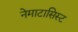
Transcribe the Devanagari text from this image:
नेमाटासिस्ट